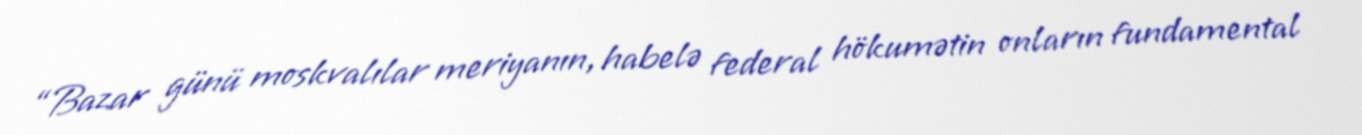
“Bazar günü moskvalılar meriyanın, habelə federal hökumətin onların fundamental